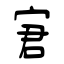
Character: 宭